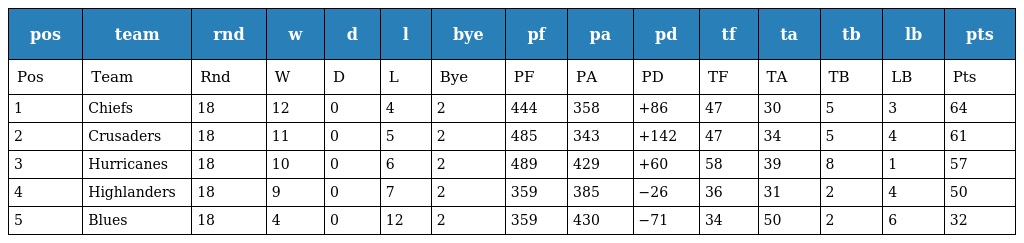
| pos | team | rnd | w | d | l | bye | pf | pa | pd | tf | ta | tb | lb | pts |
 | --- | --- | --- | --- | --- | --- | --- | --- | --- | --- | --- | --- | --- | --- | --- |
 | Pos | Team | Rnd | W | D | L | Bye | PF | PA | PD | TF | TA | TB | LB | Pts |
 | 1 | Chiefs | 18 | 12 | 0 | 4 | 2 | 444 | 358 | +86 | 47 | 30 | 5 | 3 | 64 |
 | 2 | Crusaders | 18 | 11 | 0 | 5 | 2 | 485 | 343 | +142 | 47 | 34 | 5 | 4 | 61 |
 | 3 | Hurricanes | 18 | 10 | 0 | 6 | 2 | 489 | 429 | +60 | 58 | 39 | 8 | 1 | 57 |
 | 4 | Highlanders | 18 | 9 | 0 | 7 | 2 | 359 | 385 | −26 | 36 | 31 | 2 | 4 | 50 |
 | 5 | Blues | 18 | 4 | 0 | 12 | 2 | 359 | 430 | −71 | 34 | 50 | 2 | 6 | 32 |